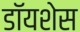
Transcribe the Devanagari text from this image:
डॉयशेस